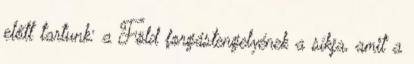
előtt tartunk: a Föld forgástengelyének a síkja, amit a